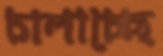
চালাচ্ছে